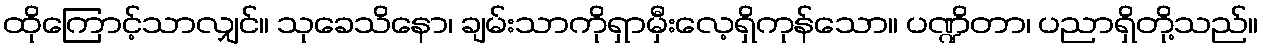
ထိုကြောင့်သာလျှင်။ သုခေသိနော၊ ချမ်းသာကိုရှာမှီးလေ့ရှိကုန်သော။ ပဏ္ဍိတာ၊ ပညာရှိတို့သည်။